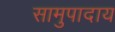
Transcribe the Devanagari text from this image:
सामुपादाय